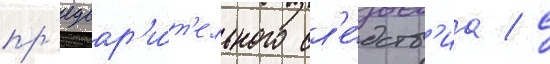
пр'едвар'и́т'ельного сл'е́дств'иа / с